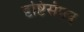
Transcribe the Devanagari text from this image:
दृष्टिसंपन्न